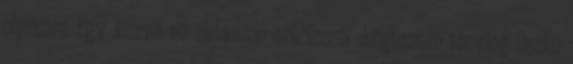
ciprusra Egy kurva ne oktasson erkölcsről Alighanem tényleg Oszkó